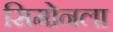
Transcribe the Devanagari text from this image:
सिमोनला